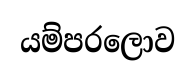
යම්පරලොව